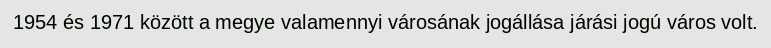
1954 és 1971 között a megye valamennyi városának jogállása járási jogú város volt.